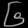
Digit: ၆